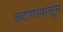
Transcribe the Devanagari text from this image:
सटाणापासून